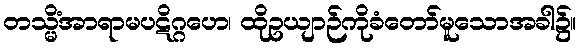
တသ္မိံအာရာမပဋိဂ္ဂဟေ၊ ထိုဥယျာဉ်ကိုခံတော်မူသောအခါ၌။